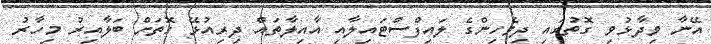
އޭނާ ވިދާޅުވި ގޮތުގައި ދިވެހިންގެ ލައިފްސްޓައިލާއި އާއިލާތައް ދިރިއުޅޭ ގޮތަށް ބަލާއިރު މިހާރު